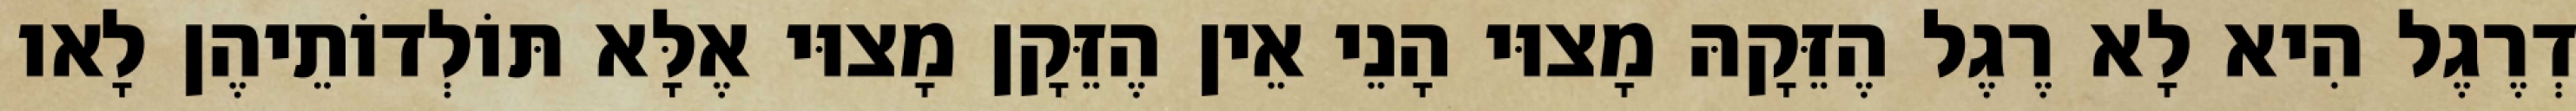
דְרֶגֶל הִיא לָא רֶגֶל הֶזֵּקָהּ מָצוּי הָנֵי אֵין הֶזֵּקָן מָצוּי אֶלָּא תּוֹלְדוֹתֵיהֶן לָאו